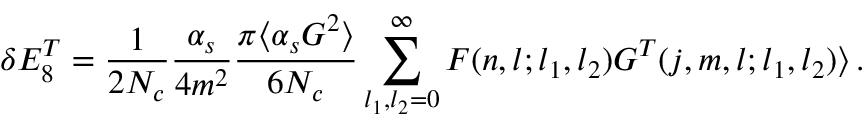
\delta E _ { 8 } ^ { T } = { \frac { 1 } { 2 N _ { c } } } { \frac { \alpha _ { s } } { 4 m ^ { 2 } } } { \frac { \pi \langle \alpha _ { s } G ^ { 2 } \rangle } { 6 N _ { c } } } \sum _ { l _ { 1 } , l _ { 2 } = 0 } ^ { \infty } F ( n , l ; l _ { 1 } , l _ { 2 } ) G ^ { T } ( j , m , l ; l _ { 1 } , l _ { 2 } ) \rangle \, .